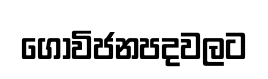
ගොවිජනපදවලට